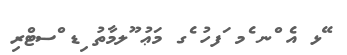
ޭޅ އެ ްނ ެމ ަފހު ެގ މަޢު ޫލމާތު ިޑ ްސޓްރި